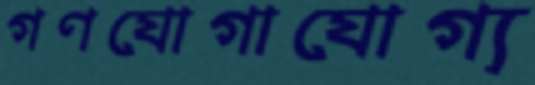
গণযোগাযোগ্য